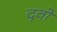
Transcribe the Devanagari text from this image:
दृवो